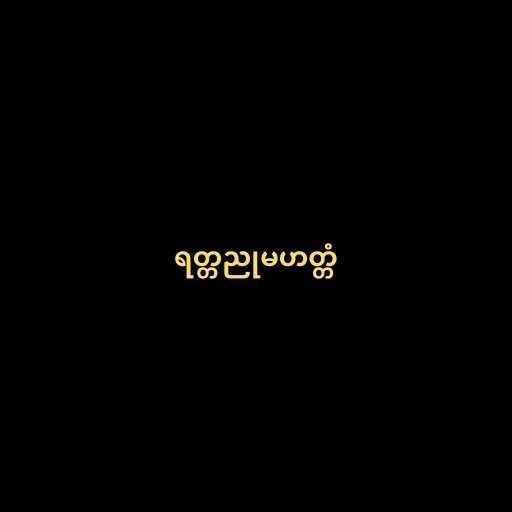
ရတ္တညုမဟတ္တံ